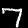
Label: 7